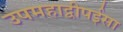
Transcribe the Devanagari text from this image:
उपमहाद्वीपईसा